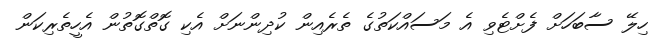
ހިލޭ ސާބަހަށް ފެށްޓެވި އެ މަސައްކަތުގެ ތެރެއިން ކުދިންނަށް އެކި ގޮތްގޮތުން އެހީތެރިކަން